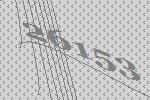
26153